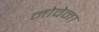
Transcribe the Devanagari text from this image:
नोवेना